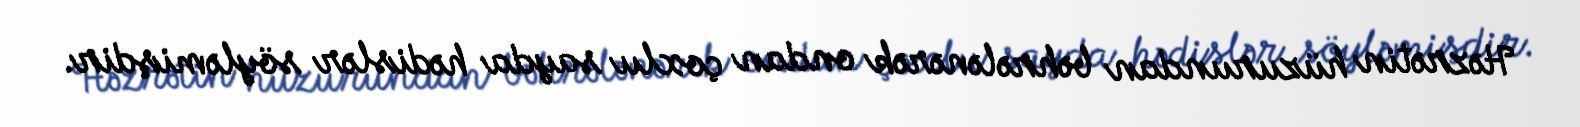
Həzrətin hüzurundan bəhrələnərək ondan çoxlu sayda hədislər söyləmişdir.